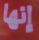
إنها